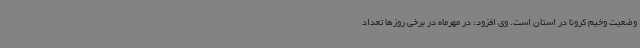
وضعیت وخیم کرونا در استان است. وی افزود: در مهرماه در برخی روزها تعداد